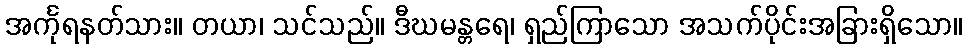
အင်္ကုရနတ်သား။ တယာ၊ သင်သည်။ ဒီဃမန္တရေ၊ ရှည်ကြာသော အသက်ပိုင်းအခြားရှိသော။